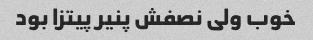
خوب ولی نصفش پنیر پیتزا بود